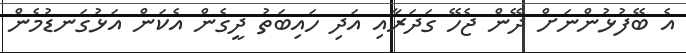
އެ ބޭފުޅުންނަށް ދޭން ޖެހޭ ގަދަރާއި އަދި ހައިބަތު ދީގެން އެކަން އަޅުގަނޑުމެން